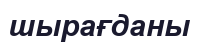
шырағданы